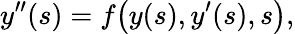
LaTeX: y^{\prime\prime}(s)=f{\big(}y(s),y^{\prime}(s),s{\big)},